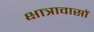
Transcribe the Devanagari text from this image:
क्षात्रावासों